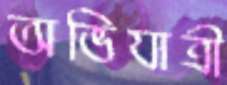
অভিযাত্রী